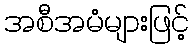
အစီအမံများဖြင့်